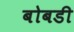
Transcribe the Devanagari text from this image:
बोबडी